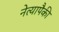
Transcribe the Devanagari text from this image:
नेत्यापैकी